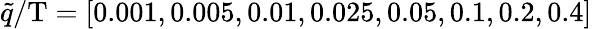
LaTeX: \tilde{q}/\mathrm{T}=[0.001,0.005,0.01,0.025,0.05,0.1,0.2,0.4]